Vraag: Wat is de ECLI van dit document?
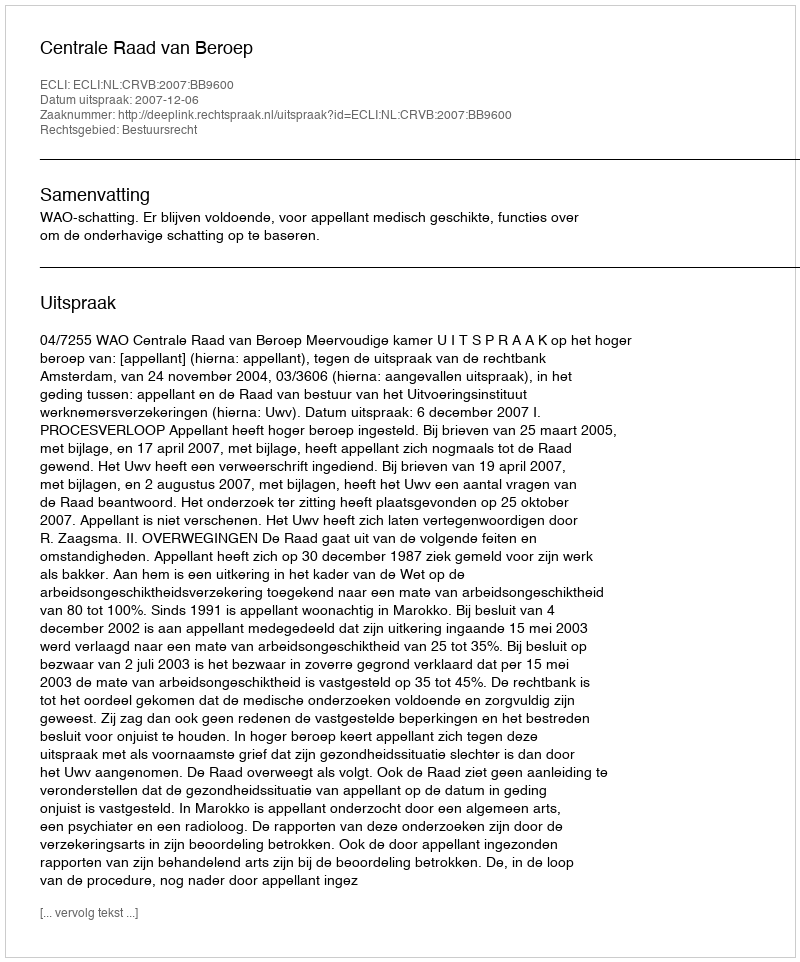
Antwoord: ECLI:NL:CRVB:2007:BB9600